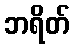
ဘရိတ်